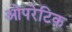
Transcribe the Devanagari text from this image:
ओपरेटिक